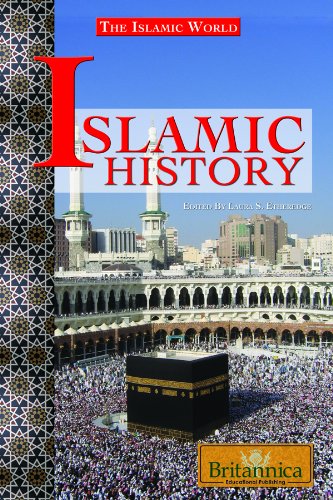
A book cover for Islamic History (Islamic World); Teen & Young Adult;